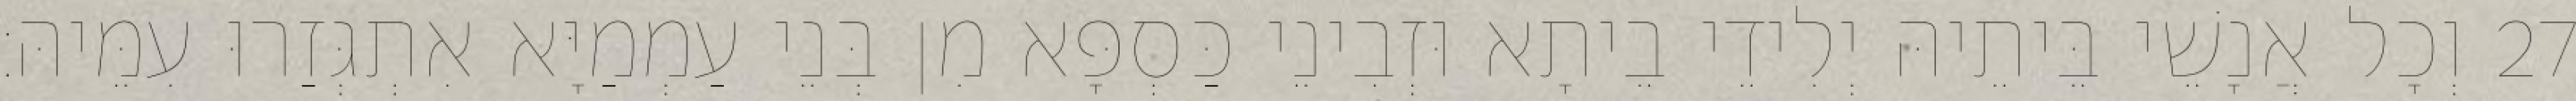
27 וְכָל אֲנָשֵׁי בֵּיתֵיהּ יְלִידֵי בֵיתָא וּזְבִינֵי כַּסְפָּא מִן בְּנֵי עַמְמַיָּא אִתְגְּזַרוּ עִמֵּיהּ׃